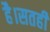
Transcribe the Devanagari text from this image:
है।सतही